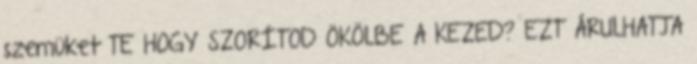
szemüket TE HOGY SZORÍTOD ÖKÖLBE A KEZED? EZT ÁRULHATJA